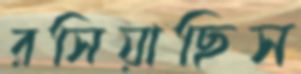
রসিয়াছিস